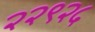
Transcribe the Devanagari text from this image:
२२९२५